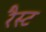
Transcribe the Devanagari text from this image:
रैस्ट